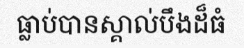
ធ្លាប់បានស្គាល់បឹងដ៏ធំ